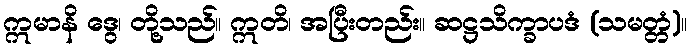
ဣမာနိ ဒွေ၊ တို့သည်။ ဣတိ၊ အပြီးတည်း။ ဆဋ္ဌသိက္ခာပဒံ (သမတ္တံ)။